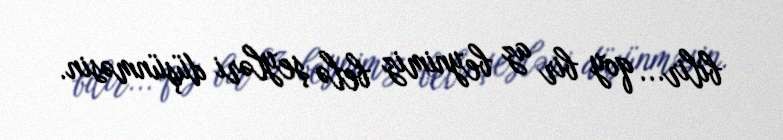
bilir... qoy bir az beynimiz belə şeyləri düşünməsin.